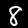
Digit: 8